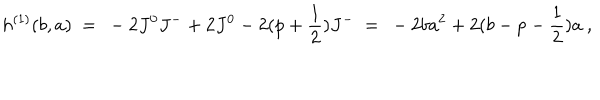
h ^ { ( 1 ) } ( b , a ) \ = \ - 2 J ^ { 0 } J ^ { - } + 2 J ^ { 0 } - 2 ( p + \frac { 1 } { 2 } ) J ^ { - } \ = \ - 2 b a ^ { 2 } + 2 ( b - p - \frac { 1 } { 2 } ) a \ ,